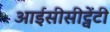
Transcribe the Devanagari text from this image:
आईसीसीट्वेंटी